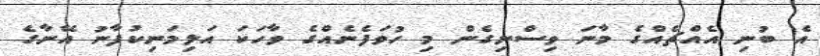
އެ ބުނި އެއްޗެއްގެ މާނަ ވިސްނިގެން މި ހުވަފެނެއްގެ ވާހަކަ އަލިމަނިކުފާނު އޭނާގެ